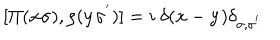
LaTeX: [ \Pi ( { \bf { x } } \sigma ) , \rho ( { \bf { y } } \sigma ^ { ' } ) ] = i \mathrm { ~ } \delta ( { \bf { x } } - { \bf { y } } ) \delta _ { \sigma , \sigma ^ { ' } }